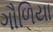
ગૌળિયા